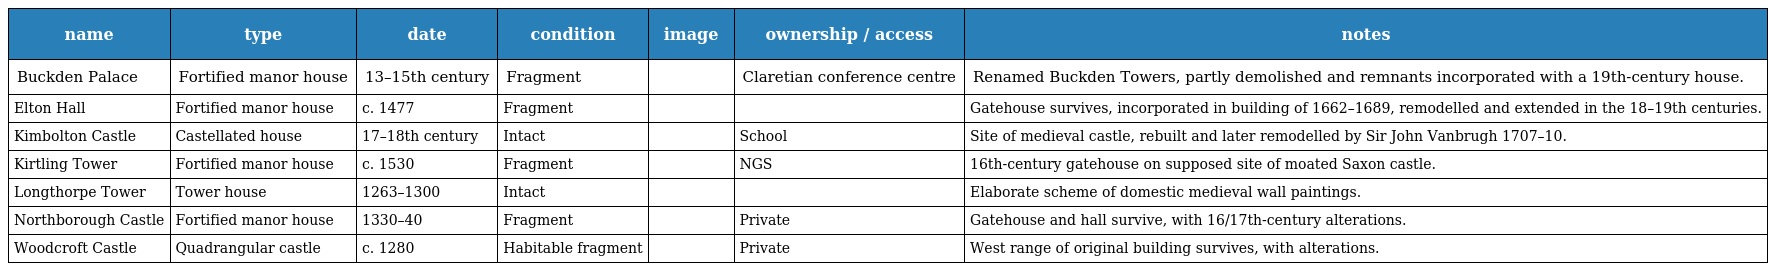
| name | type | date | condition | image | ownership / access | notes |
 | --- | --- | --- | --- | --- | --- | --- |
 | Buckden Palace | Fortified manor house | 13–15th century | Fragment |  | Claretian conference centre | Renamed Buckden Towers, partly demolished and remnants incorporated with a 19th-century house. |
 | Elton Hall | Fortified manor house | c. 1477 | Fragment |  |  | Gatehouse survives, incorporated in building of 1662–1689, remodelled and extended in the 18–19th centuries. |
 | Kimbolton Castle | Castellated house | 17–18th century | Intact |  | School | Site of medieval castle, rebuilt and later remodelled by Sir John Vanbrugh 1707–10. |
 | Kirtling Tower | Fortified manor house | c. 1530 | Fragment |  | NGS | 16th-century gatehouse on supposed site of moated Saxon castle. |
 | Longthorpe Tower | Tower house | 1263–1300 | Intact |  |  | Elaborate scheme of domestic medieval wall paintings. |
 | Northborough Castle | Fortified manor house | 1330–40 | Fragment |  | Private | Gatehouse and hall survive, with 16/17th-century alterations. |
 | Woodcroft Castle | Quadrangular castle | c. 1280 | Habitable fragment |  | Private | West range of original building survives, with alterations. |